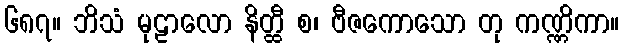
၆၈၇။ ဘိသံ မုဠာလော နိတ္ထီ စ၊ ဗီဇကောသော တု ကဏ္ဏိကာ။